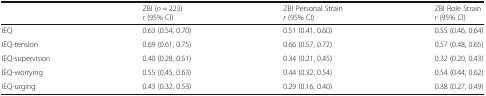
<table><thead><tr><td></td><td><b>ZBI (<i>n</i> = 223)<i>r</i> (95% CI)</b></td><td><b>ZBI Personal Strain<i>r</i> (95% CI)</b></td><td><b>ZBI Role Strain<i>r</i> (95% CI)</b></td></tr></thead><tbody><tr><td>IEQ</td><td>0.63 (0.54, 0.70)</td><td>0.51 (0.41, 0.60)</td><td>0.55 (0.46, 0.64)</td></tr><tr><td>IEQ-tension</td><td>0.69 (0.61, 0.75)</td><td>0.66 (0.57, 0.72)</td><td>0.57 (0.48, 0.65)</td></tr><tr><td>IEQ-supervision</td><td>0.40 (0.28, 0.51)</td><td>0.34 (0.21, 0.45)</td><td>0.32 (0.20, 0.43)</td></tr><tr><td>IEQ-worrying</td><td>0.55 (0.45, 0.63)</td><td>0.44 (0.32, 0.54)</td><td>0.54 (0.44, 0.62)</td></tr><tr><td>IEQ-urging</td><td>0.43 (0.32, 0.53)</td><td>0.29 (0.16, 0.40)</td><td>0.38 (0.27, 0.49)</td></tr></tbody></table>